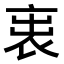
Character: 𧙉